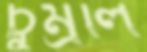
চুম্‌রলি